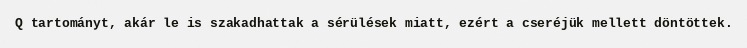
Q tartományt, akár le is szakadhattak a sérülések miatt, ezért a cseréjük mellett döntöttek.